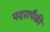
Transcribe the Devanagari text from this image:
पदरापैकी